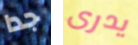
جدا يدرى